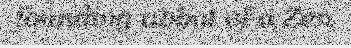
founding abbot of a Zen